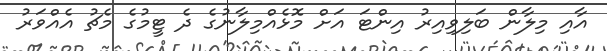
އާއި މިލާން ބަލިވިއިރު އިންޓަ އަށް މޮޅެއްމިލާނުގެ ދެ ޓީމުގެ މެޗު އެއްވަރު